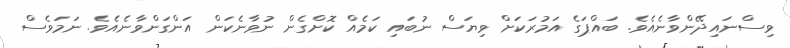
ވިސްނައިދޭންވާނެއެވެ. ބައްޕަގެ އަމުރަކަށް ވިޔަސް ނުބައި ކަމެއް ކޮށްގެން ނުވާނެކަން އަންގަންވާނެއެވެ. ނަމަވެސް